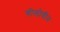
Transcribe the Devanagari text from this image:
गोलोवीन